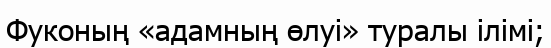
Фуконың «адамның өлуі» туралы ілімі;